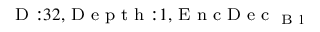
_ { \textrm { D } : 3 2 , \textrm { D e p t h } : 1 , \textrm { E n c D e c } _ { \textrm { B } 1 } }